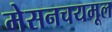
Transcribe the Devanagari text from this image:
मेसनचयमूल